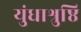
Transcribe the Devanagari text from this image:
युंधाश्रुष्ठि